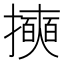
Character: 𱡄